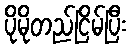
ပိုမိုတည်ငြိမ်ပြီး